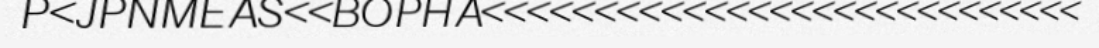
P<JPNMEAS<<BOPHA<<<<<<<<<<<<<<<<<<<<<<<<<<<<